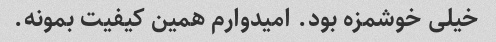
خیلی خوشمزه بود. امیدوارم همین کیفیت بمونه.